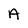
Character: A